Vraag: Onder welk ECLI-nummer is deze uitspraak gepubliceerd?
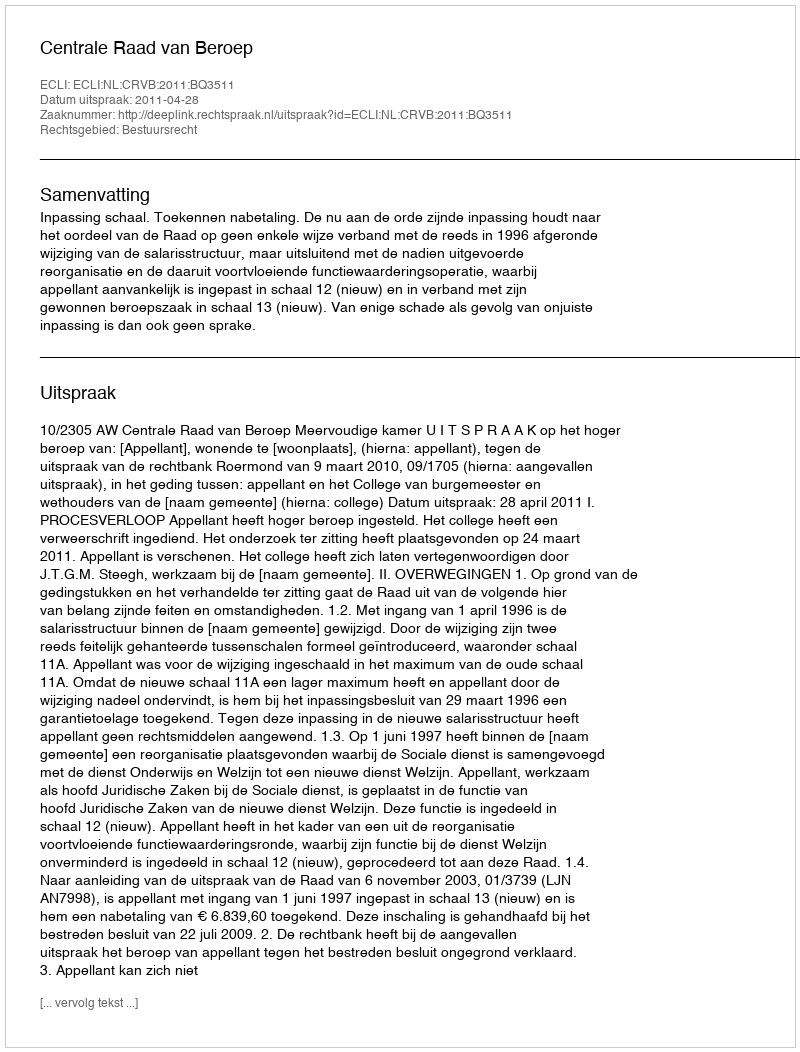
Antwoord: ECLI:NL:CRVB:2011:BQ3511